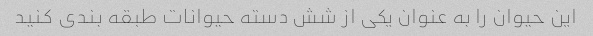
این حیوان را به عنوان یکی از شش دسته حیوانات طبقه بندی کنید